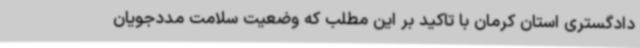
دادگستری استان کرمان با تاکید بر این مطلب که وضعیت سلامت مددجویان